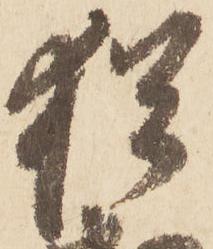
猶